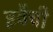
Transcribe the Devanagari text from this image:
इवैची